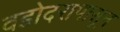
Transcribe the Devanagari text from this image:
वडोदरापासून